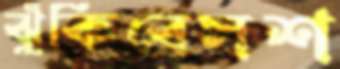
ঝুঁকিবেসশ